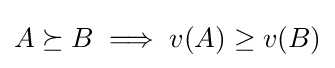
{\textstyle A\succeq B\implies v(A)\geq v(B)}